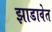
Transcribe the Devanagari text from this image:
झाडावेत